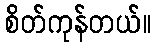
စိတ်ကုန်တယ်။